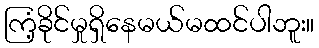
ကြံ့ခိုင်မှုရှိနေမယ်မထင်ပါဘူး။